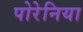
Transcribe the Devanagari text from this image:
पोरेनिया